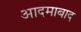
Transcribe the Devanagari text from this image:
आदमाबाद